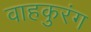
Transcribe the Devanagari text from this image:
वाहकुरंग